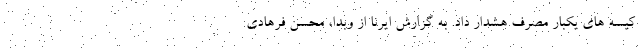
کیسه های یکبار مصرف هشدار داد. به گزارش ایرنا از وبدا، محسن فرهادی